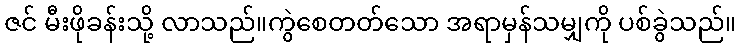
ဇင် မီးဖိုခန်းသို့ လာသည်။ကွဲစေတတ်သော အရာမှန်သမျှကို ပစ်ခွဲသည်။